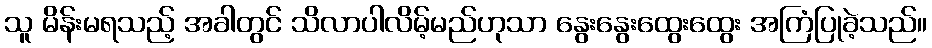
သူ မိန်းမရသည့် အခါတွင် သိလာပါလိမ့်မည်ဟုသာ နွေးနွေးထွေးထွေး အကြံပြုခဲ့သည်။